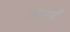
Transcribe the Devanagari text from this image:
अब्सर्ड